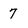
Character: 7